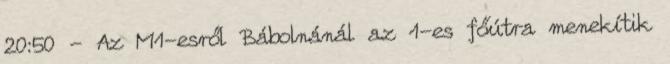
20:50 - Az M1-esről Bábolnánál az 1-es főútra menekítik